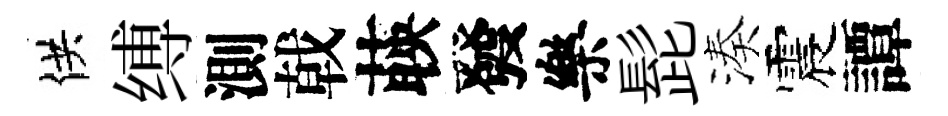
供缚測戟𦴤發樂髭湊震譚